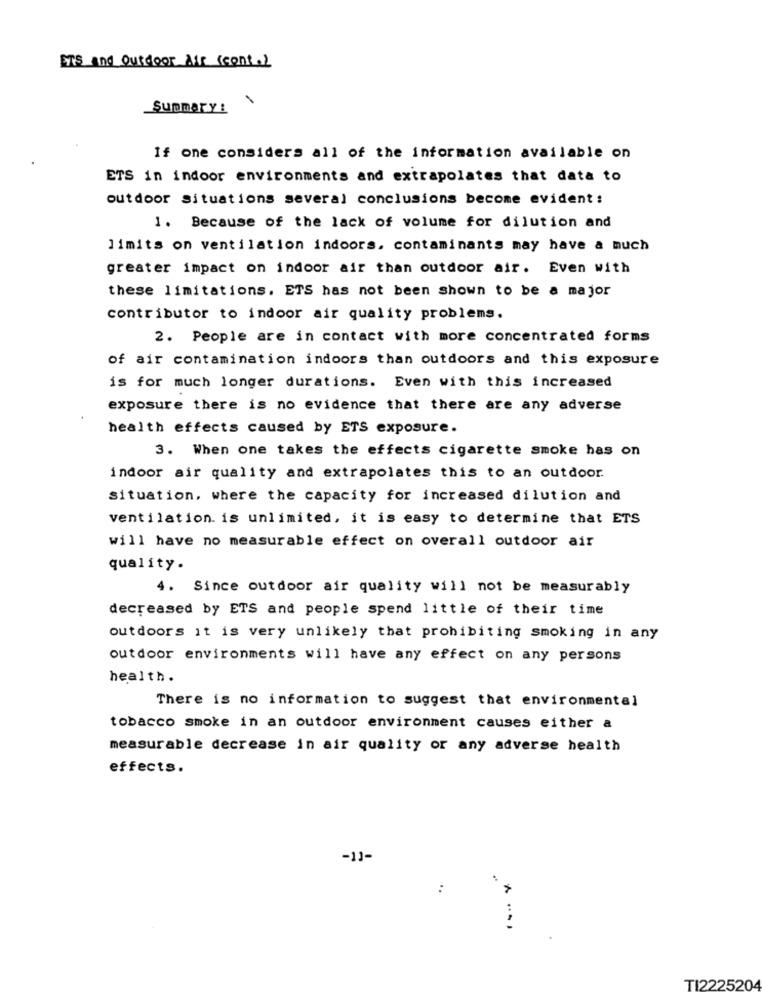
ETS and Outdoor Mir (cont.)
Summary :
If one considers all of the information available on
ETS in indoor environments and extrapolates that data to
outdoor situations several conclusions become evident :
1. Because of the lack of volume for dilution and
limits on ventilation indoors. contaminants may have a much
greater impact on indoor air than outdoor air. Even with
these limitations. ETS has not been shown to be a major
contributor to indoor air quality problems.
2. People are in contact with more concentrated forms
of air contamination indoors than outdoors and this exposure
is for much longer durations. Even with this increased
exposure there is no evidence that there are any adverse
health effects caused by ETS exposure.
3. When one takes the effects cigarette smoke has on
indoor air quality and extrapolates this to an outdoor.
situation, where the capacity for increased dilution and
ventilation. is unlimited, it is easy to determine that ETS
will have no measurable effect on overall outdoor air
quality.
4. Since outdoor air quality will not be measurably
decreased by ETS and people spend little of their time
outdoors it is very unlikely that prohibiting smoking in any
outdoor environments will have any effect on any persons
health.
There is no information to suggest that environmental
tobacco smoke in an outdoor environment causes either a
measurable decrease in air quality or any adverse health
effects.
-1]-
....
TI2225204